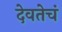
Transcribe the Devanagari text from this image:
देवतेचं